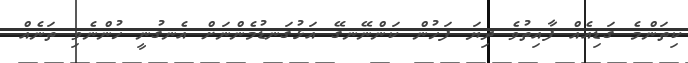
ކިތަންމެ ގަޑިއެއް ފާއިތުވެ ދިޔަ ފަހުން ކަންނޭނގޭ އަޅުގަނޑުމެންނަށް އެނގުނީ ހުންނެވި ތަނެއް